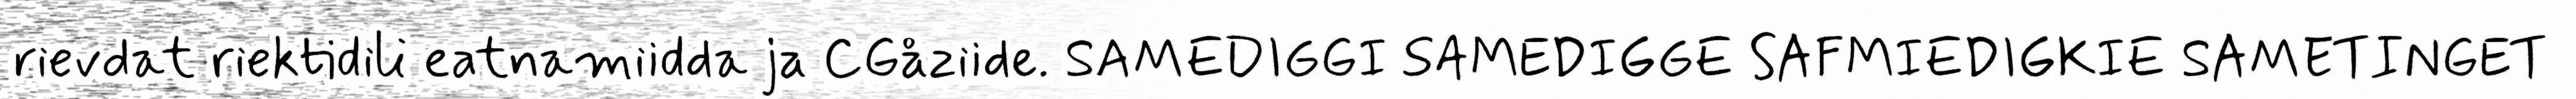
rievdat riektidili eatnamiidda ja CGåziide. SAMEDIGGI SAMEDIGGE SAFMIEDIGKIE SAMETINGET